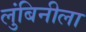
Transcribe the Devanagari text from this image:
लुंबिनीला